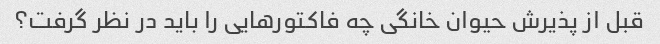
قبل از پذیرش حیوان خانگی چه فاکتورهایی را باید در نظر گرفت؟